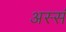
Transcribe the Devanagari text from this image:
अस्सं